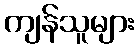
ကျန်သူများ